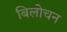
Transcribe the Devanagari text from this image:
बिलोचन